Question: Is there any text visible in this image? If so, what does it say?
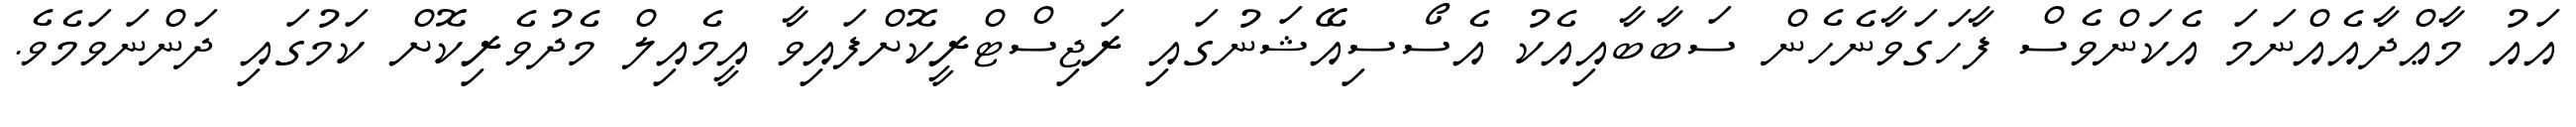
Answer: އައު މާޢްދާއެއްނަމަ އެކަންވެސް ފާހަގަވާނެހެން ސަބާބާއިއެކު އެސޯސިއޭޝަނުގައި ރަޖިސްޓްރީކޮށްފައިވާ އީމެއިލް މެދުވެރިކޮށް ކަމުގައި ދަންނަވަމެވެ.